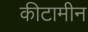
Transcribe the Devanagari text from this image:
कीटामीन